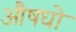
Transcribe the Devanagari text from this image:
औषधो